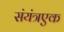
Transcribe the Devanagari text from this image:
संयंत्रएक